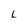
Character: L